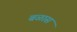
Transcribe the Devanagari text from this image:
बळास